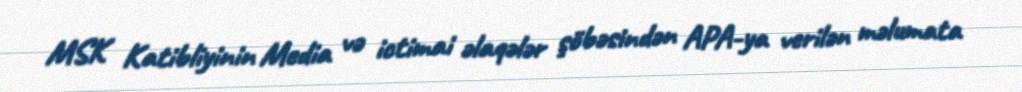
MSK Katibliyinin Media və ictimai əlaqələr şöbəsindən APA-ya verilən məlumata